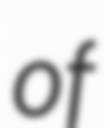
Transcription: of